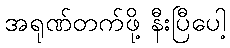
အရုဏ်တက်ဖို့ နီးပြီပေါ့